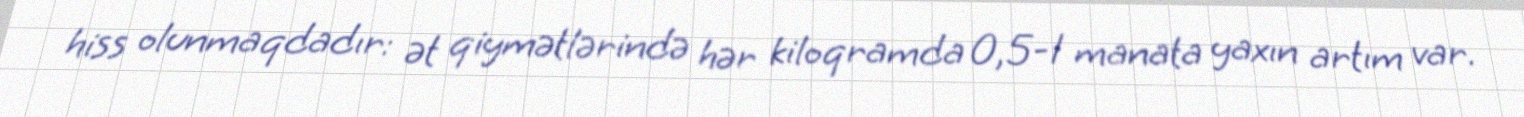
hiss olunmaqdadır: ət qiymətlərində hər kiloqramda 0,5-1 manata yaxın artım var.